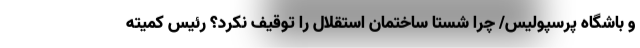
و باشگاه پرسپولیس/ چرا شستا ساختمان استقلال را توقیف نکرد؟ رئیس کمیته